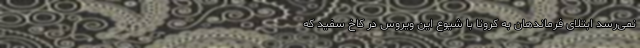
نمی‌رسد ابتلای فرماندهان به کرونا با شیوع این ویروس در کاخ سفید که